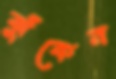
ঝুঁকেন